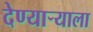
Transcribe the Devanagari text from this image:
देण्यार्‍याला